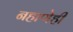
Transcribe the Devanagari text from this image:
नहाणेही